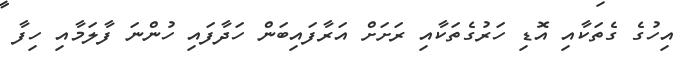
އިހުގެ ގެތަކާއި އޮޑި ހަރުގެތަކާއި ރަށަަށް އަރާފައިބަން ހަދާފައި ހުންނަ ފާލަމާއި ހިފާ